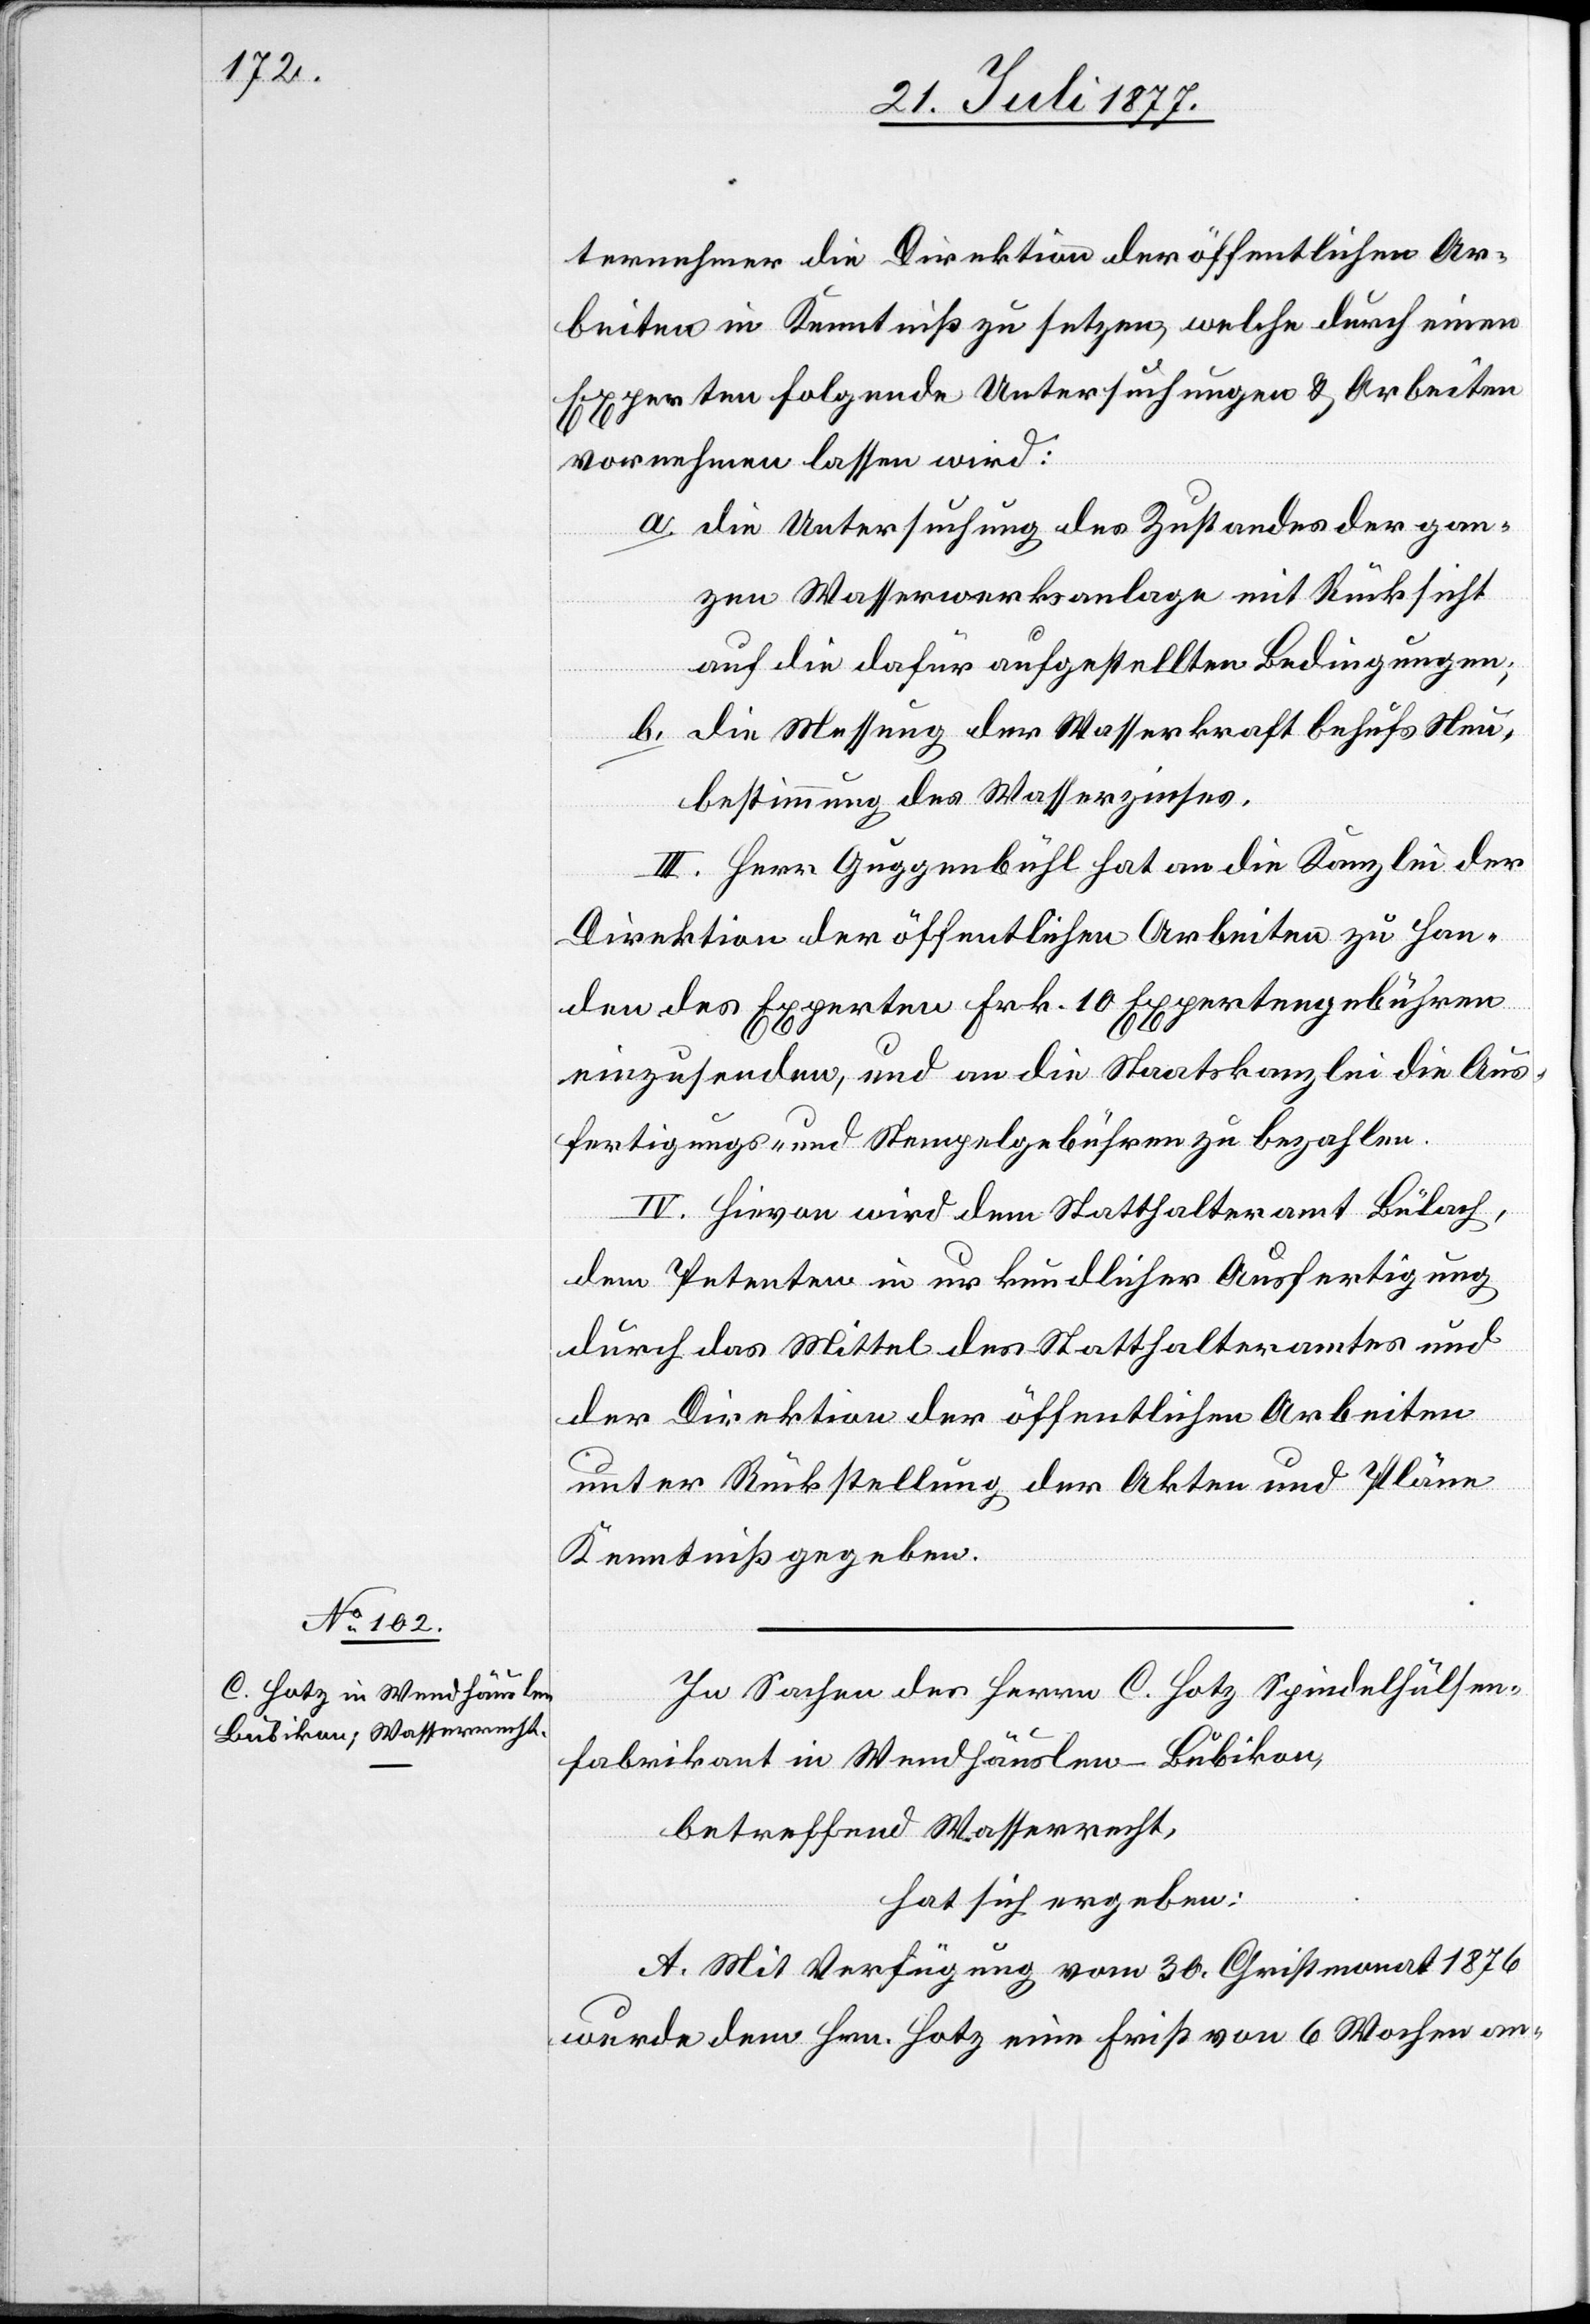
ternehmer die Direktion der öffentlichen Ar¬
beiten in Kenntniß zu setzen, welche durch einen
Experten folgende Untersuchungen & Arbeiten
vornehmen lassen wird:
die Untersuchung des Zustandes der gan¬
zen Wasserwerksanlage mit Rücksicht
auf die dafür aufgestellten Bedingungen;
die Messung der Wasserkraft behufs Neu¬
bestimmung des Wasserzinses.
III. Herr Guggenbühl hat an die Kanzlei der
Direktion der öffentlichen Arbeiten zu Han¬
den des Experten Frk. 10 Expertengebühren
einzusenden, und an die Staatskanzlei die Aus¬
fertigungs- und Stempelgebühren zu bezahlen.
IV. Hievon wird dem Statthalteramt Bülach,
dem Petenten in urkundlicher Ausfertigung
durch das Mittel des Statthalteramtes und
der Direktion der öffentlichen Arbeiten
unter Rückstellung der Akten und Pläne
Kenntniß gegeben.
In Sachen des Herrn C. Hotz Spindelhülsen¬
fabrikant in Wendhäuslen - Bubikon,
betreffend Wasserrecht,
hat sich ergeben:
A. Mit Verfügung vom 30. Christmonat 1876
wurde dem Hrn. Hotz eine Frist von 6 Wochen an-